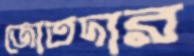
জোতদার